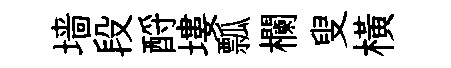
墙段酹塿瓢欄叟橫